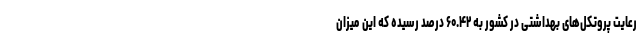
رعایت پروتکل‌های بهداشتی در کشور به ۶۰.۴۲ درصد رسیده که این میزان